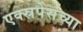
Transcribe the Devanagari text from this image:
एक्स्रपेसच्या